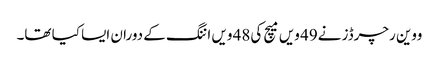
ووین رچرڈز نے49 ویں میچ کی48 ویں اننگ کے دوران ایسا کیا تھا۔